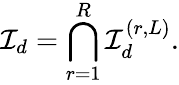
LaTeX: {\mathcal{I}}_{d}=\bigcap_{r=1}^{R}{\mathcal{I}}_{d}^{(r,L)}.